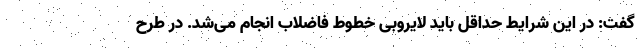
گفت: در این شرایط حداقل باید لایروبی خطوط فاضلاب انجام می‌شد. در طرح